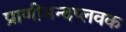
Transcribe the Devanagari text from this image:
प्राणीमन्दप्लवक